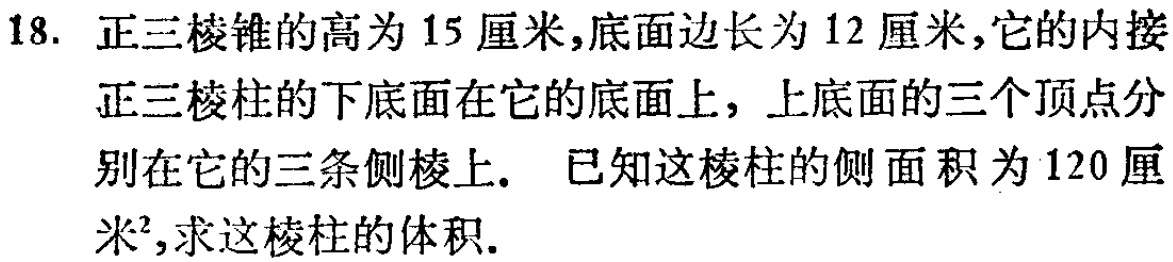
18. 正三棱锥的高为 15 厘米,底面边长为 12 厘米,它的内接正三棱柱的下底面在它的底面上, 上底面的三个顶点分别在它的三条侧棱上. 已知这棱柱的侧面积为 120 厘米²,求这棱柱的体积.